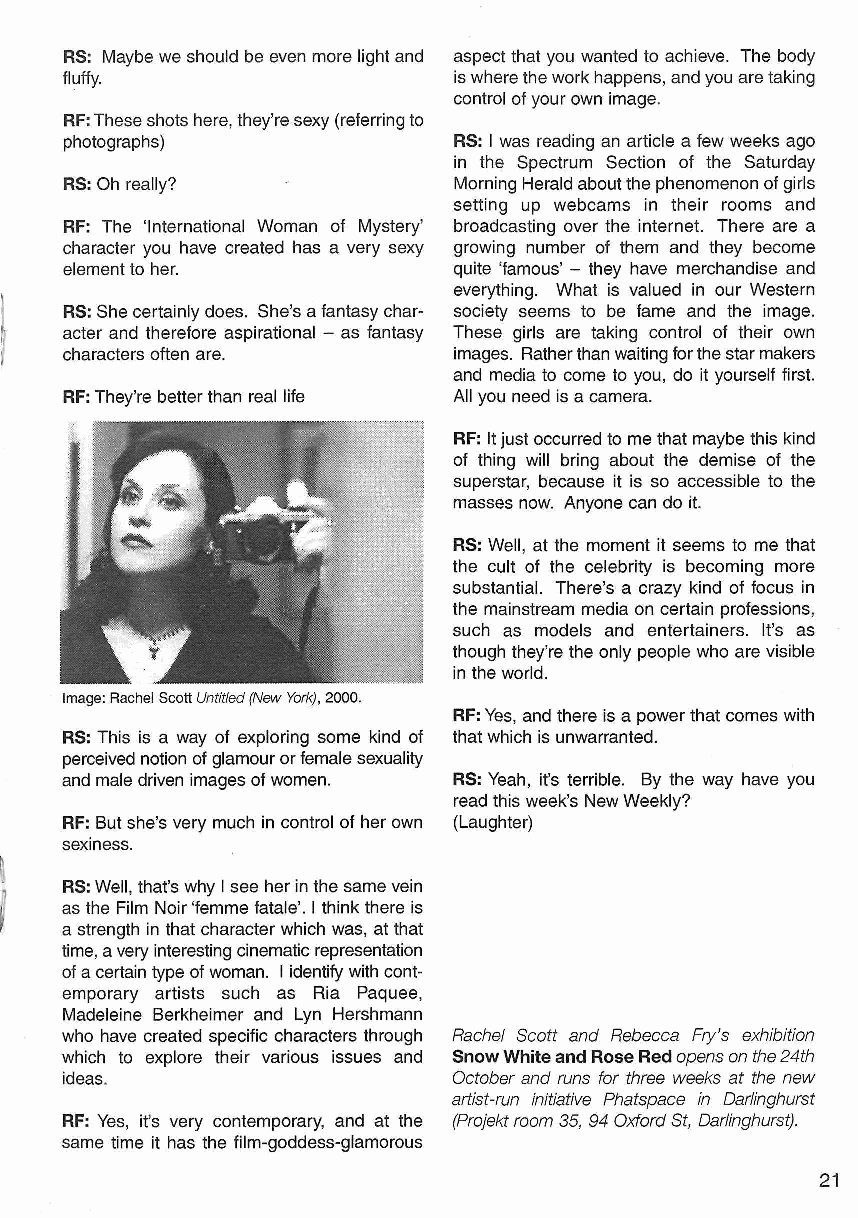
RS: Maybe we should be even more light and aspect that you wanted to achieve. The body
 fluffy.                   is where the work happens, and you are taking
 control of your own image.
 RF: These shots here, they're sexy (referring to
 photographs)              RS: I was reading an article a few weeks ago
 in the Spectrum Section of the Saturday
 RS: Oh really?            Morning Herald about the phenomenon of girls
 setting up webcams in their rooms and
 RF: The 'International Woman of Mystery' broadcasting over the internet. There are a
 character you have created has a very sexy growing number of them and they become
 element to her.           quite 'famous' - they have merchandise and
 everything. What is valued in our Western
 RS: She certainly does. She's a fantasy char society seems to be fame and the image.
 acter and therefore aspirational - as fantasy These girls are taking control of their own
 characters often are.     images. Rather than waiting for the star makers
 and media to come to you, do it yourself first.
 RF: They're better than real life All you need is a camera.
 RF: It just occurred to me that maybe this kind
 of thing will bring about the demise of the
 superstar, because it is so accessible to the
 masses now. Anyone can do it.
 RS: Well, at the moment it seems to me that
 the cult of the celebrity is becoming more
 substantial. There's a crazy kind of focus in
 the mainstream media on certain professions,
 such as models and entertainers. It's as
 though they're the only people who are visible
 in the world.
 Image: Rachel Scott Untitled (New York), 2000.
 RF: Yes, and there is a power that comes with
 RS: This is a way of exploring some kind of that which is unwarranted.
 perceived notion of glamour or female sexuality
 and male driven images of women. RS: Yeah, it's terrible. By the way have you
 read this week's New Weekly?
 RF: But she's very much in control of her own (Laughter)
 sexiness.
 RS: Well, that's why I see her in the same vein
 as the Film Noir 'femme fatale'. I think there is
 a strength in that character which was, at that
 time, a very interesting cinematic representation
 of a certain type of woman. I identify with cont
 emporary artists such as Ria Paquee,
 Madeleine Berkheimer and Lyn Hershmann
 who have created specific characters through Rachel Scott and Rebecca Fry's exhibition
 which to explore their various issues and Snow White and Rose Red opens on the 24th
 ideas.                    October and runs for three weeks at the new
 artist-run initiative Phatspace in Darlinghurst
 RF: Yes, it's very contemporary, and at the (Projekt room 35, 94 Oxford St, Darlinghurst).
 same time it has the film-goddess-glamorous